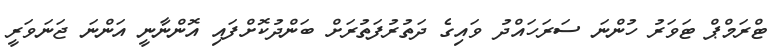
ޓްރަމްޕް ޓަވަރު ހުންނަ ސަރަހައްދު ވައިގެ ދަތުރުފަތުރަށް ބަންދުކޮށްފައި އޮންނާނީ އަންނަ ޖަނަވަރީ